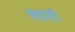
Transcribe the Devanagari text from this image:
पतासी